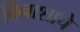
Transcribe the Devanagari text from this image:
विनाशाचे